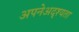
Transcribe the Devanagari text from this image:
अपनेअदृश्यता